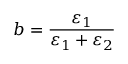
b = \frac { \varepsilon _ { 1 } } { \varepsilon _ { 1 } + \varepsilon _ { 2 } }